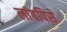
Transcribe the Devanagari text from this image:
लांबपिसे